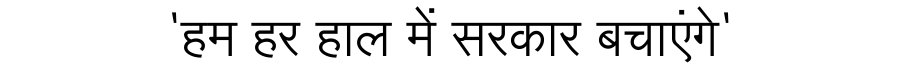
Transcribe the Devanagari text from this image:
'हम हर हाल में सरकार बचाएंगे'